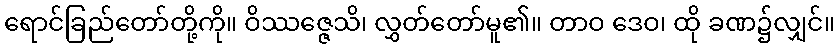
ရောင်ခြည်တော်တို့ကို။ ဝိဿဇ္ဇေသိ၊ လွှတ်တော်မူ၏။ တာဝ ဒေဝ၊ ထို ခဏ၌လျှင်။